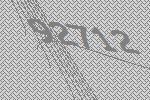
92712